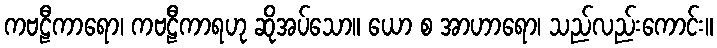
ကဗဠီကာရော၊ ကဗဠီကာရဟု ဆိုအပ်သော။ ယော စ အာဟာရော၊ သည်လည်းကောင်း။